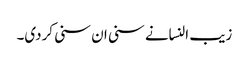
زیب النسانے سنی ان سنی کردی۔